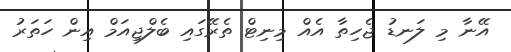
އޭނާ މި ލަނޑު ޖެހިތާ އެއް މިނިޓް ތެރޭގައި ބެލްޖިއަމް އިން ހަތަރު